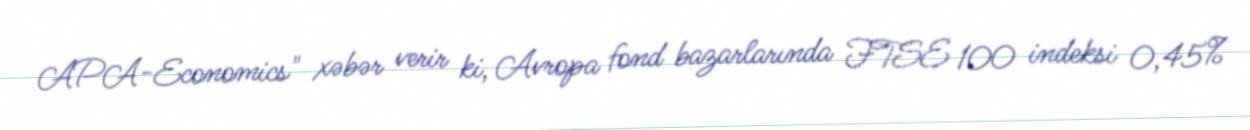
APA-Economics" xəbər verir ki, Avropa fond bazarlarında FTSE 100 indeksi 0,45%